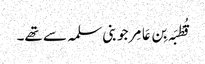
قُطْبَہ بِن عَامِر جو بنی سلمہ سے تھے۔